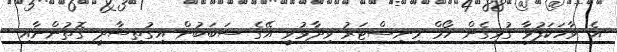
އެ ވާހަކަފުޅާ ގުޅިގެން ހޯމް މިނިސްޓަރު ވިދާޅުވީ އޭގެ ސަބަބުން އިގުތިސާދީ ގޮތުންނާއި